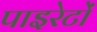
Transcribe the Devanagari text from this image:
पाइरेटों